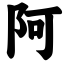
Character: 阿